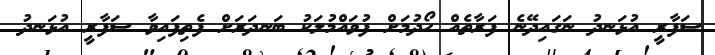
ސަފާރީ އުޅަނދު ނަގައިދޭނެ ފަރާތެއް ހޯދުމަށް ފުވައްމުލަކު ބަނދަރަށް ފެތިފައިވާ ސަފާރީ އުޅަނދު